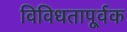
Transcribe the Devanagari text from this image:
विविधतापूर्वक